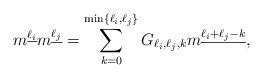
LaTeX: \begin{align*}m^{\underline{\ell_i}}m^{\underline{\ell_j}}=\sum_{k=0}^{\min\{\ell_i,\ell_j\}}G_{\ell_i,\ell_j,k}m^{\underline{\ell_i+\ell_j-k}},\end{align*}